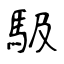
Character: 馺